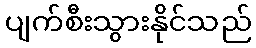
ပျက်စီးသွားနိုင်သည်